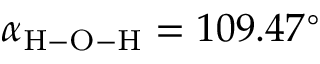
\alpha _ { \mathrm { H - O - H } } = 1 0 9 . 4 7 ^ { \circ }